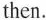
then.